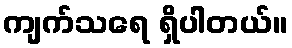
ကျက်သရေ ရှိပါတယ်။